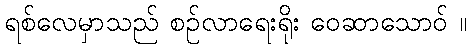
ရစ်လေမှာသည် စဉ်လာရေးရိုး ဝေဆာသောဝ် ။